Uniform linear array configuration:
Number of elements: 48
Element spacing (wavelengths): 0.75
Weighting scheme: kaiser
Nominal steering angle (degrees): -45
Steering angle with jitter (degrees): -45.921
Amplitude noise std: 0.05
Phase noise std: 0.05

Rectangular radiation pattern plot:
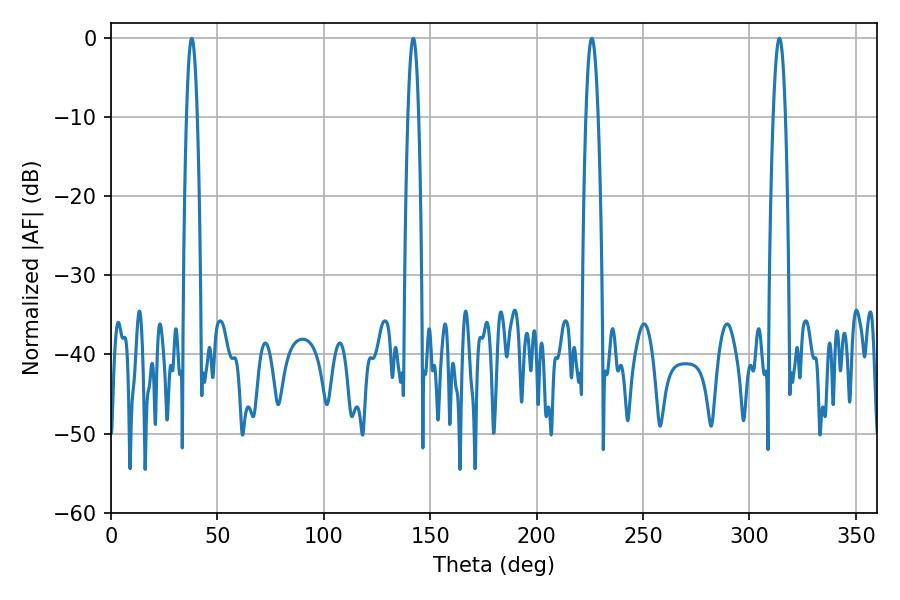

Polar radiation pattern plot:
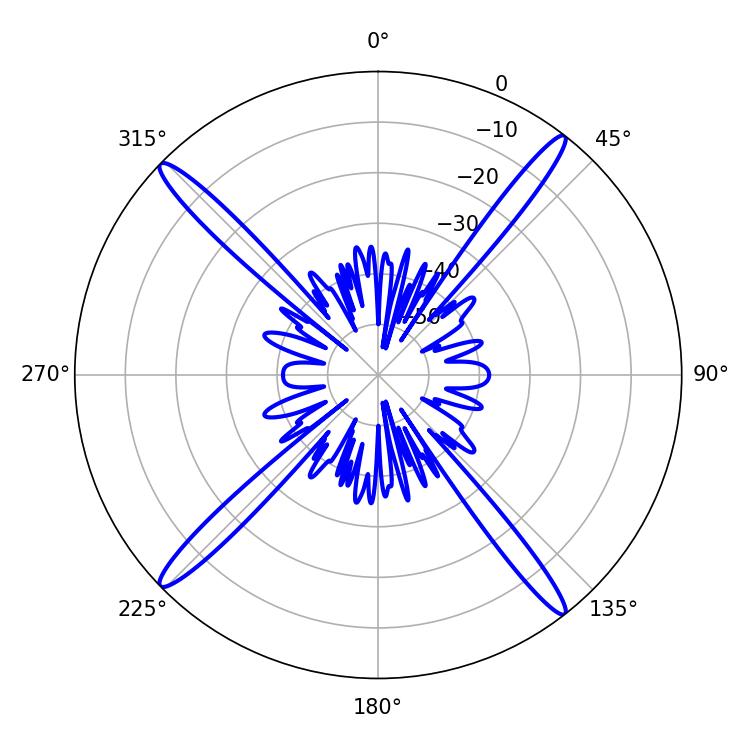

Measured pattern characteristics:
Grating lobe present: TRUE
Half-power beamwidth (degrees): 3.06
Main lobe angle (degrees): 225.9